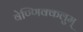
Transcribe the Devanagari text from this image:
वेण्णिक्कलुम्